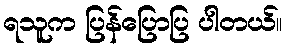
ရသူက ပြန်ပြောပြ ပါတယ်။